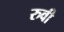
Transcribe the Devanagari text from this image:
रुवी